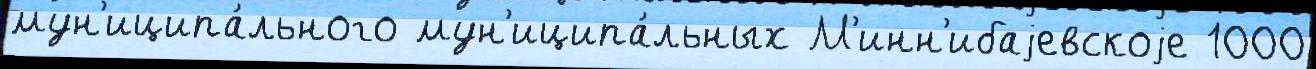
мун'иципа́льного мун'иципа́льных М'инн'ибаjевскоjе 1000